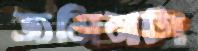
জমিনটা